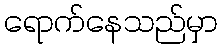
ရောက်နေသည်မှာ